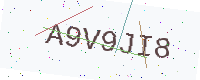
Text: A9V9JI8